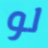
لو